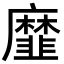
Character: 𢌁